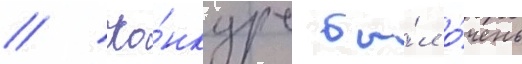
// Ко́нкурс бы́л о́чень